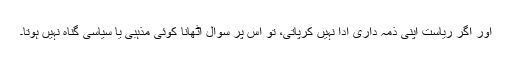
اور اگر ریاست اپنی ذمہ داری ادا نہیں کرپاتی، تو اس پر سوال اُٹھانا کوئی مذہبی یا سیاسی گناہ نہیں ہوتا۔